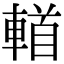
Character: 𨍣